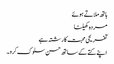
ہاتھ ملاتے ہوئے
مردہ کھیلنا
تفریحی محبت کا رشتہ ہے
اپنے کتے کے ساتھ حسن سلوک کرو۔